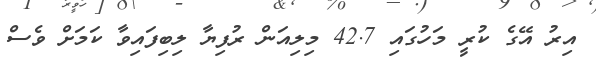
އިރު އޭގެ ކުރީ މަހުގައި 42.7 މިލިއަން ރުފިޔާ ލިބިފައިވާ ކަމަށް ވެސް